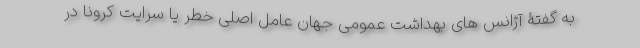
به گفتۀ آژانس های بهداشت عمومی جهان عامل اصلی خطر یا سرایت کرونا در